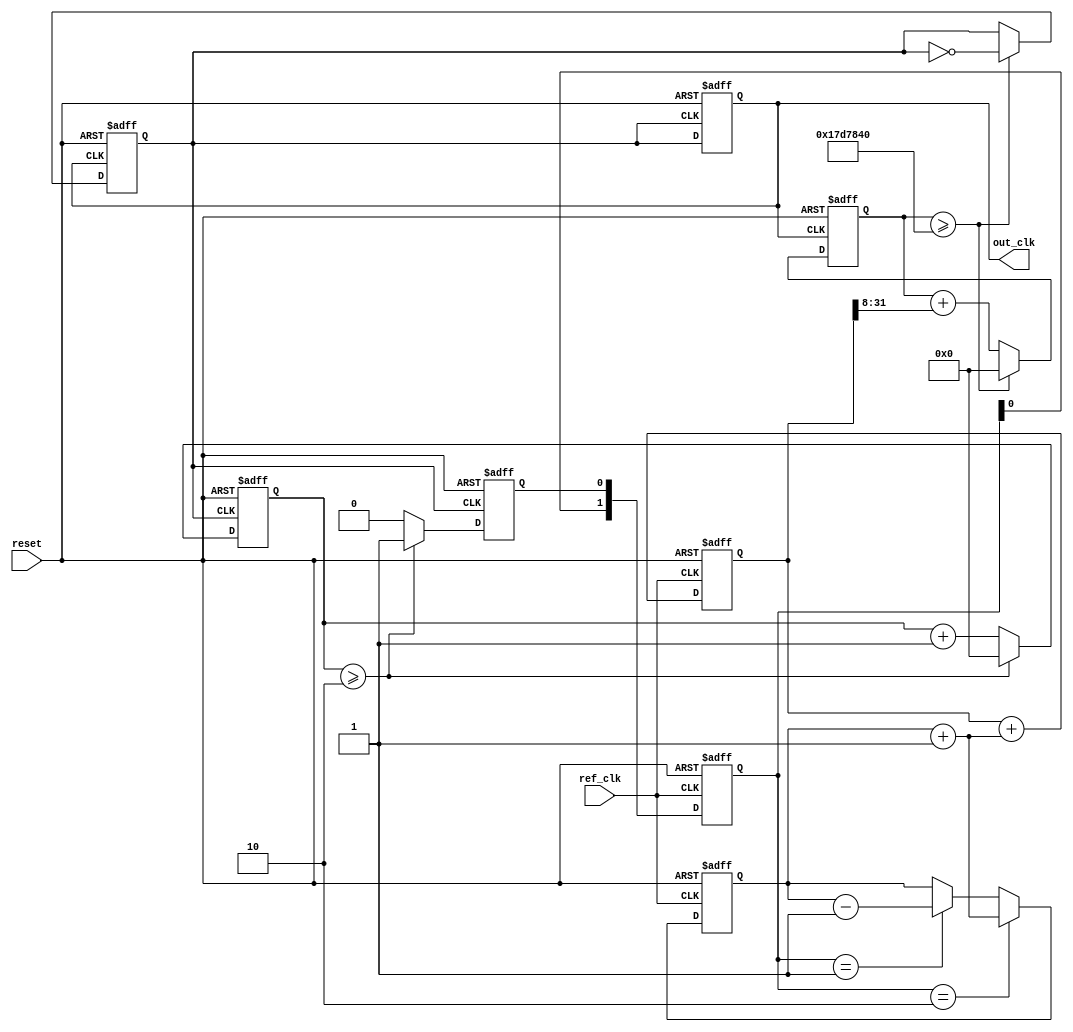
module parameterized_PLL #(
    parameter REFERENCE_FREQ = 50_000_000, // Reference clock frequency in Hz
    parameter OUTPUT_FREQ = 25_000_000,     // Desired output clock frequency in Hz
    parameter DIV_RATIO = REFERENCE_FREQ / OUTPUT_FREQ, // Feedback division ratio
    parameter P_GAIN = 1,                     // Proportional gain for the loop filter
    parameter I_GAIN = 1                       // Integral gain for the loop filter
) (
    input wire ref_clk,                       // Reference clock input
    input wire reset,                         // Asynchronous reset
    output reg out_clk                        // Output clock
);

    // Phase Detector
    reg [1:0] phase_detect;                  // Phase detect output
    wire feedback_clk;                        // Feedback clock

    // Loop Filter
    reg [31:0] error_signal;                  // Error signal from phase detector
    reg [31:0] control_voltage;               // Control voltage for VCO

    // Voltage-Controlled Oscillator (VCO)
    reg [31:0] vco_count;                     // VCO counter
    reg vco_out;                              // VCO output clock

    // Clock Divider for Feedback
    reg [31:0] feedback_counter;              // Feedback counter
    reg feedback_clk_enable;                  // Feedback clock enable
    
    // Phase Detector
    always @(posedge ref_clk or posedge reset) begin
        if (reset) begin
            phase_detect <= 2'b00;
        end else begin
            // Implementing a simple 2-bit phase detector behavior
            phase_detect <= {phase_detect[0], feedback_clk_enable};
        end
    end

    // Loop Filter
    always @(posedge ref_clk or posedge reset) begin
        if (reset) begin
            error_signal <= 0;
            control_voltage <= 0;
        end else begin
            // Simple PD output to Error signal; can be tuned
            if (phase_detect == 2'b10) begin
                error_signal <= error_signal + P_GAIN;
            end else if (phase_detect == 2'b01) begin
                error_signal <= error_signal - P_GAIN;
            end

            // Control voltage updated as a simple integral
            control_voltage <= control_voltage + (error_signal + I_GAIN);
        end
    end

    // VCO Implementation
    always @(posedge out_clk or posedge reset) begin
        if (reset) begin
            vco_count <= 0;
            vco_out <= 0;
        end else begin
            vco_count <= vco_count + (control_voltage >> 8); // Scale control voltage
            if (vco_count >= (REFERENCE_FREQ / DIV_RATIO)) begin
                vco_out <= ~vco_out;
                vco_count <= 0;
            end
        end
    end

    // Feedback Divider
    always @(posedge vco_out or posedge reset) begin
        if (reset) begin
            feedback_counter <= 0;
            feedback_clk_enable <= 0;
        end else begin
            feedback_counter <= feedback_counter + 1;
            if (feedback_counter >= DIV_RATIO) begin
                feedback_clk_enable <= 1; // Enable feedback clock after division
                feedback_counter <= 0;
            end else begin
                feedback_clk_enable <= 0;
            end
        end
    end

    // Output Clock Generation
    always @(posedge vco_out or posedge reset) begin
        if (reset) begin
            out_clk <= 0;
        end else begin
            out_clk <= vco_out; // The output clock follows the VCO output
        end
    end

endmodule